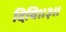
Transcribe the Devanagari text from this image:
दिवि॥३॥